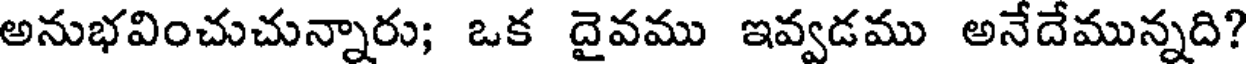
అనుభవించుచున్నారు; ఒక దైవము ఇవ్వడము అనేదేమున్నది?